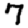
Digit: 7